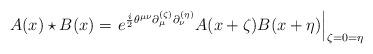
LaTeX: \begin{align*}A(x)\star B(x) = \left.e^{\frac{i}{2}\theta^{\mu\nu}\partial_{\mu}^{(\zeta)}\partial_{\nu}^{(\eta)}}A(x+\zeta)B(x+\eta)\right|_{\zeta=0=\eta}\end{align*}